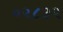
૦૨૮૩૨